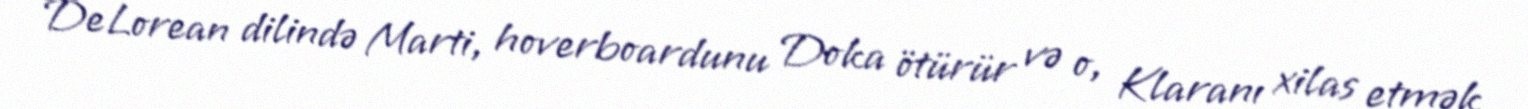
DeLorean dilində Marti, hoverboardunu Doka ötürür və o, Klaranı xilas etmək